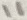
Text: 11